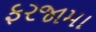
ફરજામા